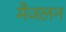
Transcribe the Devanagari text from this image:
मैजलन